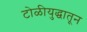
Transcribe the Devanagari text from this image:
टोळीयुद्धातून